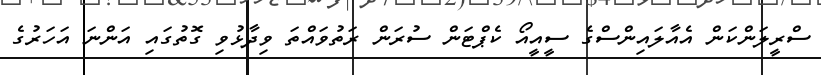
ސްރީލަންކަން އެއާލައިންސްގެ ސީއީއޯ ކެޕްޓަން ސުރަން ރަތުވައްތަ ވިދާޅުވި ގޮތުގައި އަންނަ އަހަރުގެ